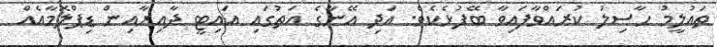
ތައުލީމު ހާސިލު ކުރައްވާފައިވާ ބޭފުޅެކެވެ. އަދި އޭނާގެ އަތުގައި އައިޓީ ދާއިރާއިން ޑިޕްލޮމާއެއް